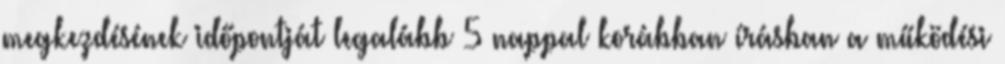
megkezdésének időpontját legalább 5 nappal korábban írásban a működési